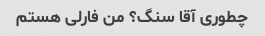
چطوری آقا سنگ؟ من فارلی هستم